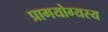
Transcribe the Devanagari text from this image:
प्रागयोग्यस्य